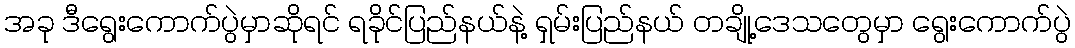
အခု ဒီရွေးကောက်ပွဲမှာဆိုရင် ရခိုင်ပြည်နယ်နဲ့ ရှမ်းပြည်နယ် တချို့ဒေသတွေမှာ ရွေးကောက်ပွဲ